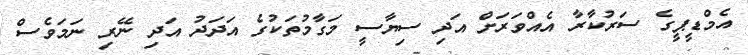
އެމްޑީޕީގެ ސަރުކާރާ އެއްވަރަށް އަދި ސިޔާސީ މަގާމުތަކުގެ އަދަދު އަދި ނޭރި ނަމަވެސް